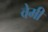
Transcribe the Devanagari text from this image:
वेमी